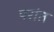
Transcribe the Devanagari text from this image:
परांत